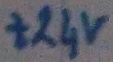
Text: +24v